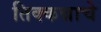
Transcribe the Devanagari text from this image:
तिक्कन्नाचे